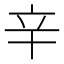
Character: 辛